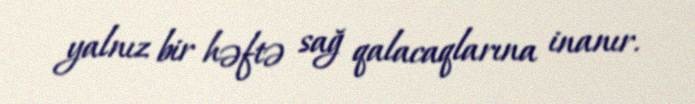
yalnız bir həftə sağ qalacaqlarına inanır.